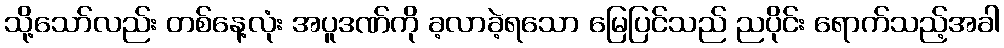
သို့သော်လည်း တစ်နေ့လုံး အပူဒဏ်ကို ခ့လာခဲ့ရသော မြေပြင်သည် ညပိုင်း ရောက်သည့်အခါ